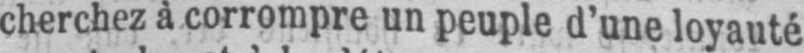
cherchez à corrompre un peuple d’une loyauté